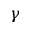
\gamma